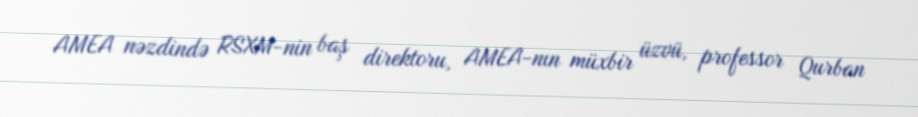
AMEA nəzdində RSXM-nin baş direktoru, AMEA-nın müxbir üzvü, professor Qurban